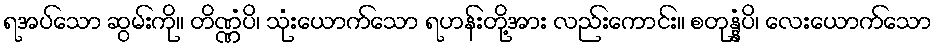
ရအပ်သော ဆွမ်းကို။ တိဏ္ဏံပိ၊ သုံးယောက်သော ရဟန်းတို့အား လည်းကောင်း။ စတုန္နံပိ၊ လေးယောက်သော